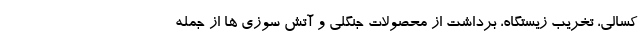
کسالی، تخریب زیستگاه، برداشت از محصولات جنگلی و آتش سوزی ها از جمله